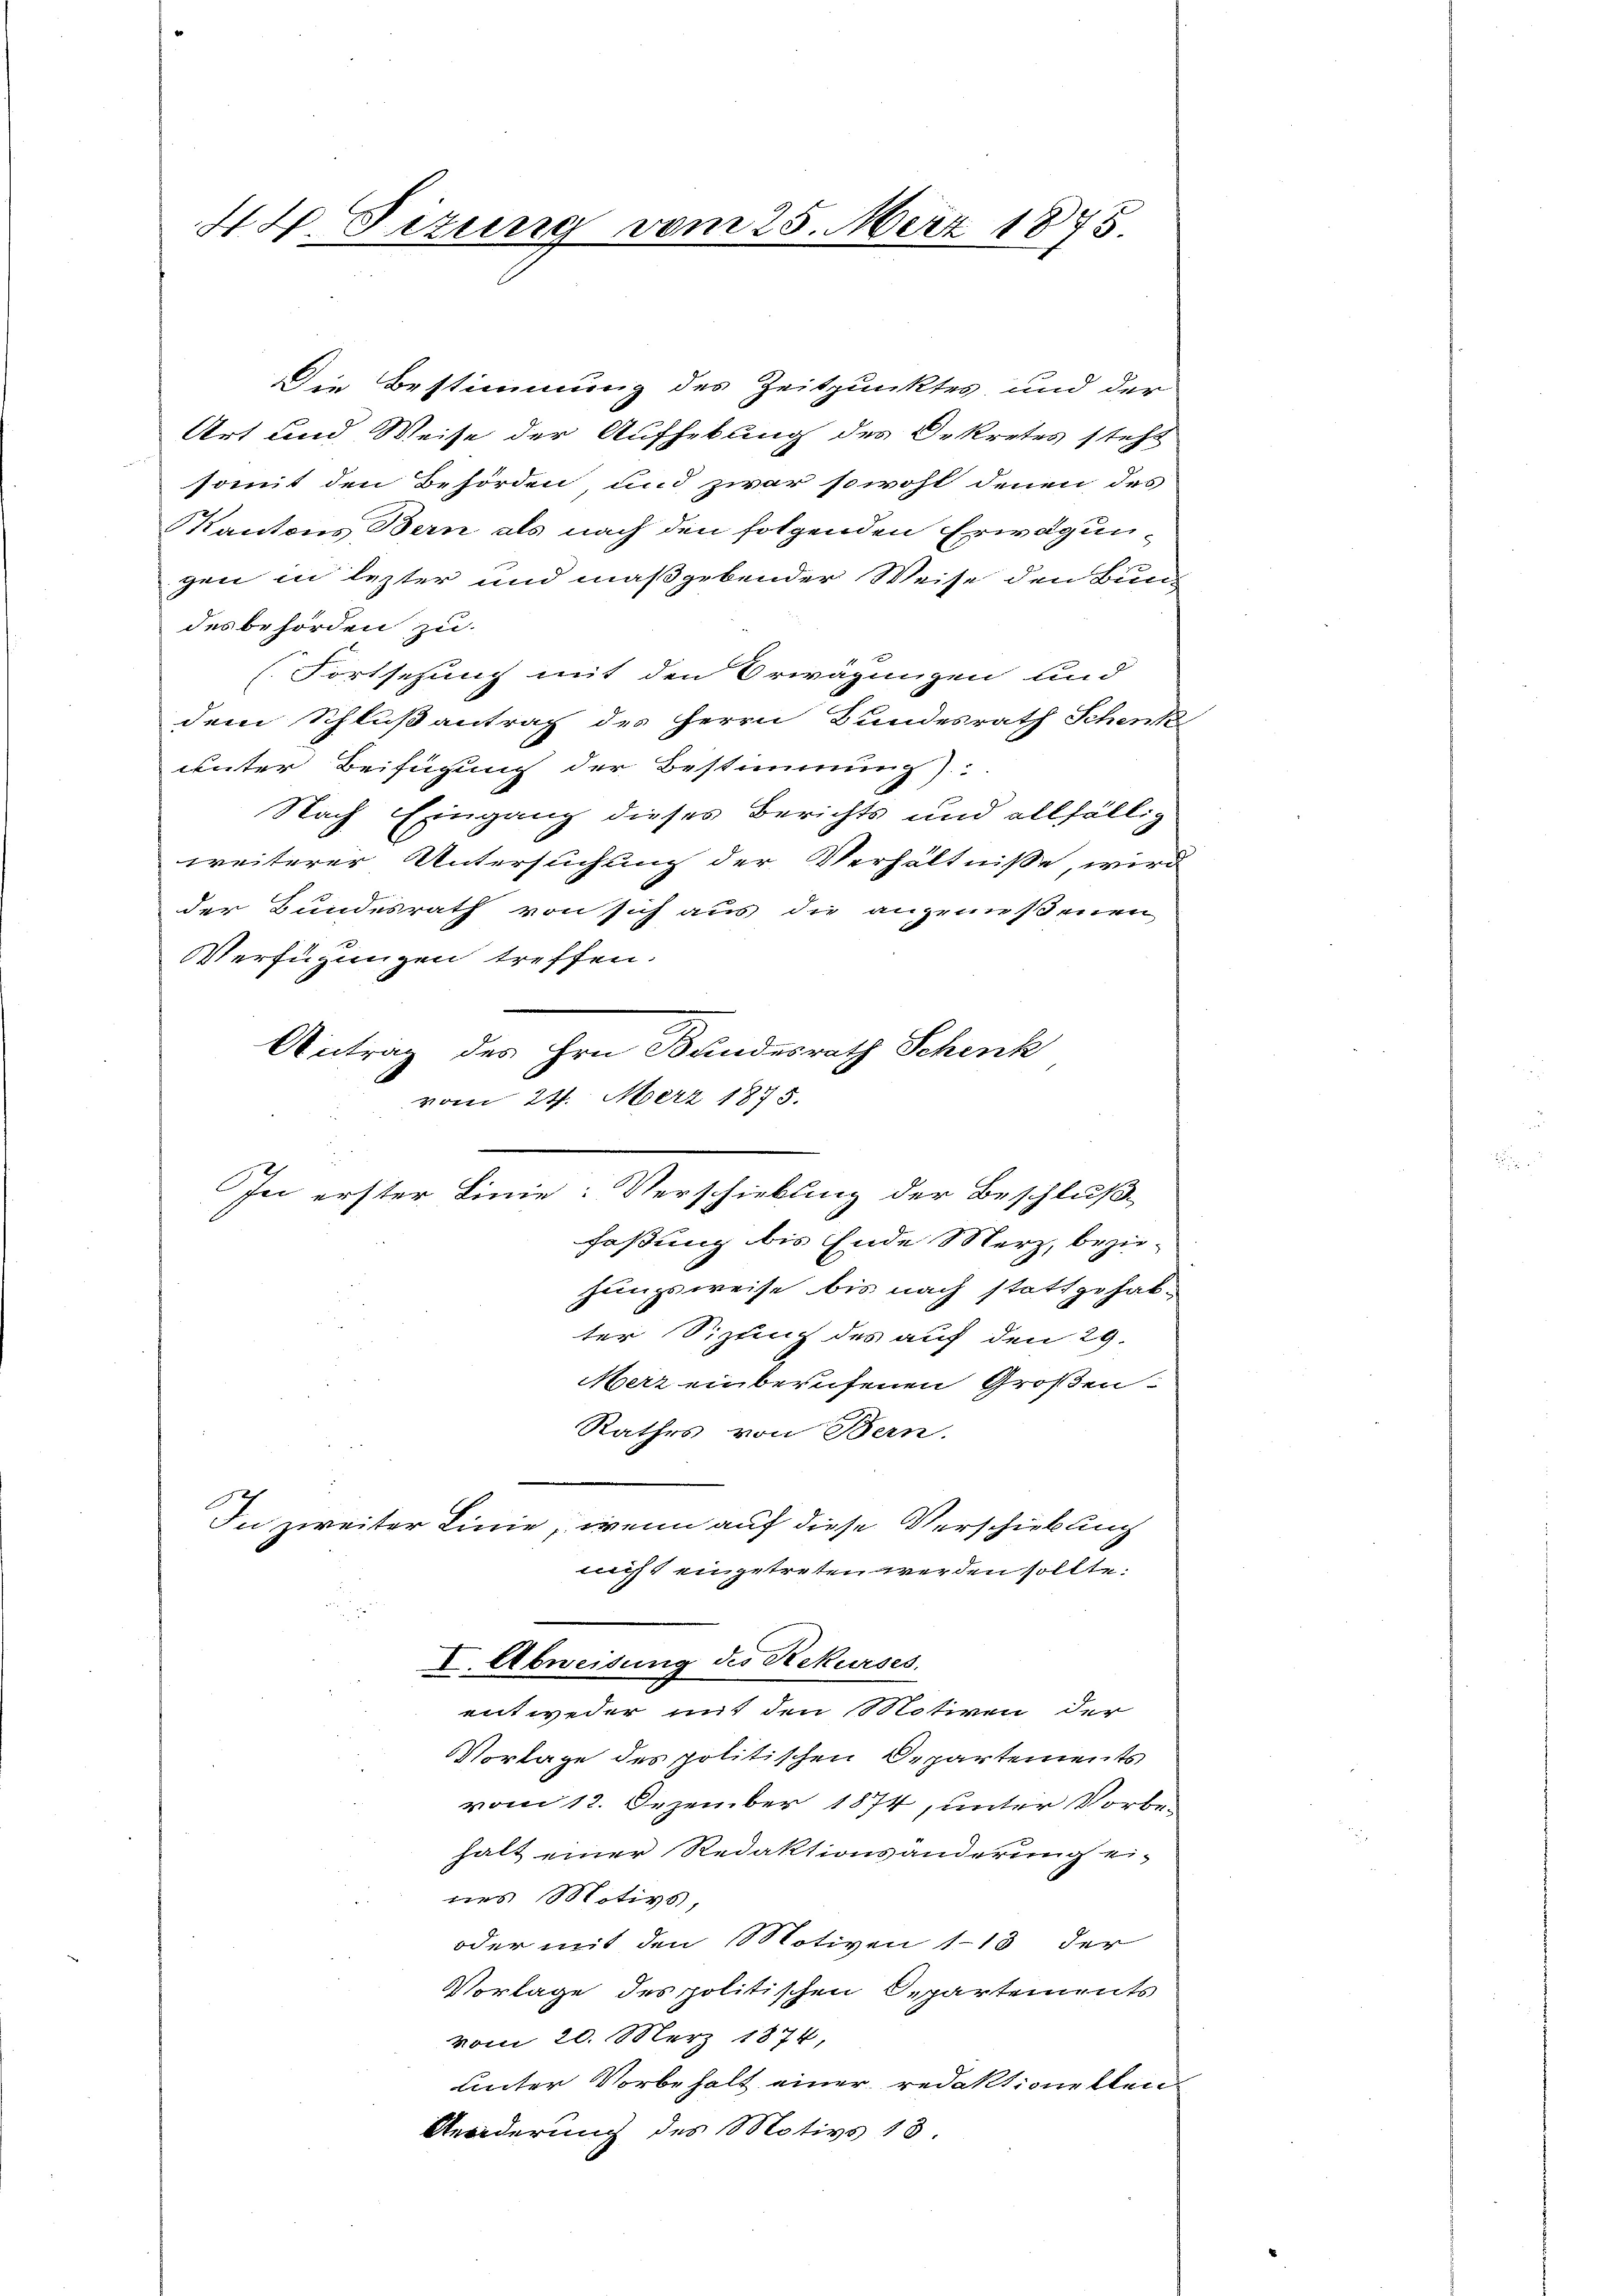
Die Bestimmung des Zeitpunktes und der
Art und Weise der Aufhebung des Oekretes steht
somit den Behörden, und zwar sowohl denen des
Kantons Bern als nach den folgenden Erwägungen in lezter und maßgebender Weise den Bund
des behörden zu.
(Fortsehung mit den Erwägungen und
dem Schlußantrag des Herrn Bundesrath Schenk
unter Beifügung der Bestimmung).
Nach Eingang dieses Berichts und allfällig
weiterer Untersuchung der Verhältniße, wird
der Bundesrath von sich aus die angenoßenen
Verfügungen treffen.
vom 24. März 1875.
In erster Linie: Verschiebung der Beschluß,
faßung bis Ende Merz, bezie-
hungsweise bis nach stattgehabter Sizung des auf den 29.
Merz einberufenen Großen¬
Rathes von Bern.
In zweiter Linie, wenn auf diese Verschiebung
nicht eingetreten werden sollte.
I. Abweisung des Rekurses.
entweder mit den Motiven der
Vorlage des politischen Departements
vom 12. Dezember 1874, unter Vorbehalt einer Redaktionsänderung ei-
nes Motivs,
oder mit den Motiven 113 der
Vorlage des politischen Opartements
vom 20. März 1874,
Unter Vorbehalt einer redaktionellen
Anorderung des Motivs 13.

44. Sizung vom 25. März 1875.

Antrag des Hrn. Bundesrath Schenk